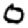
Digit: 0